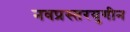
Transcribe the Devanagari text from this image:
नवप्रस्तरयुगीन